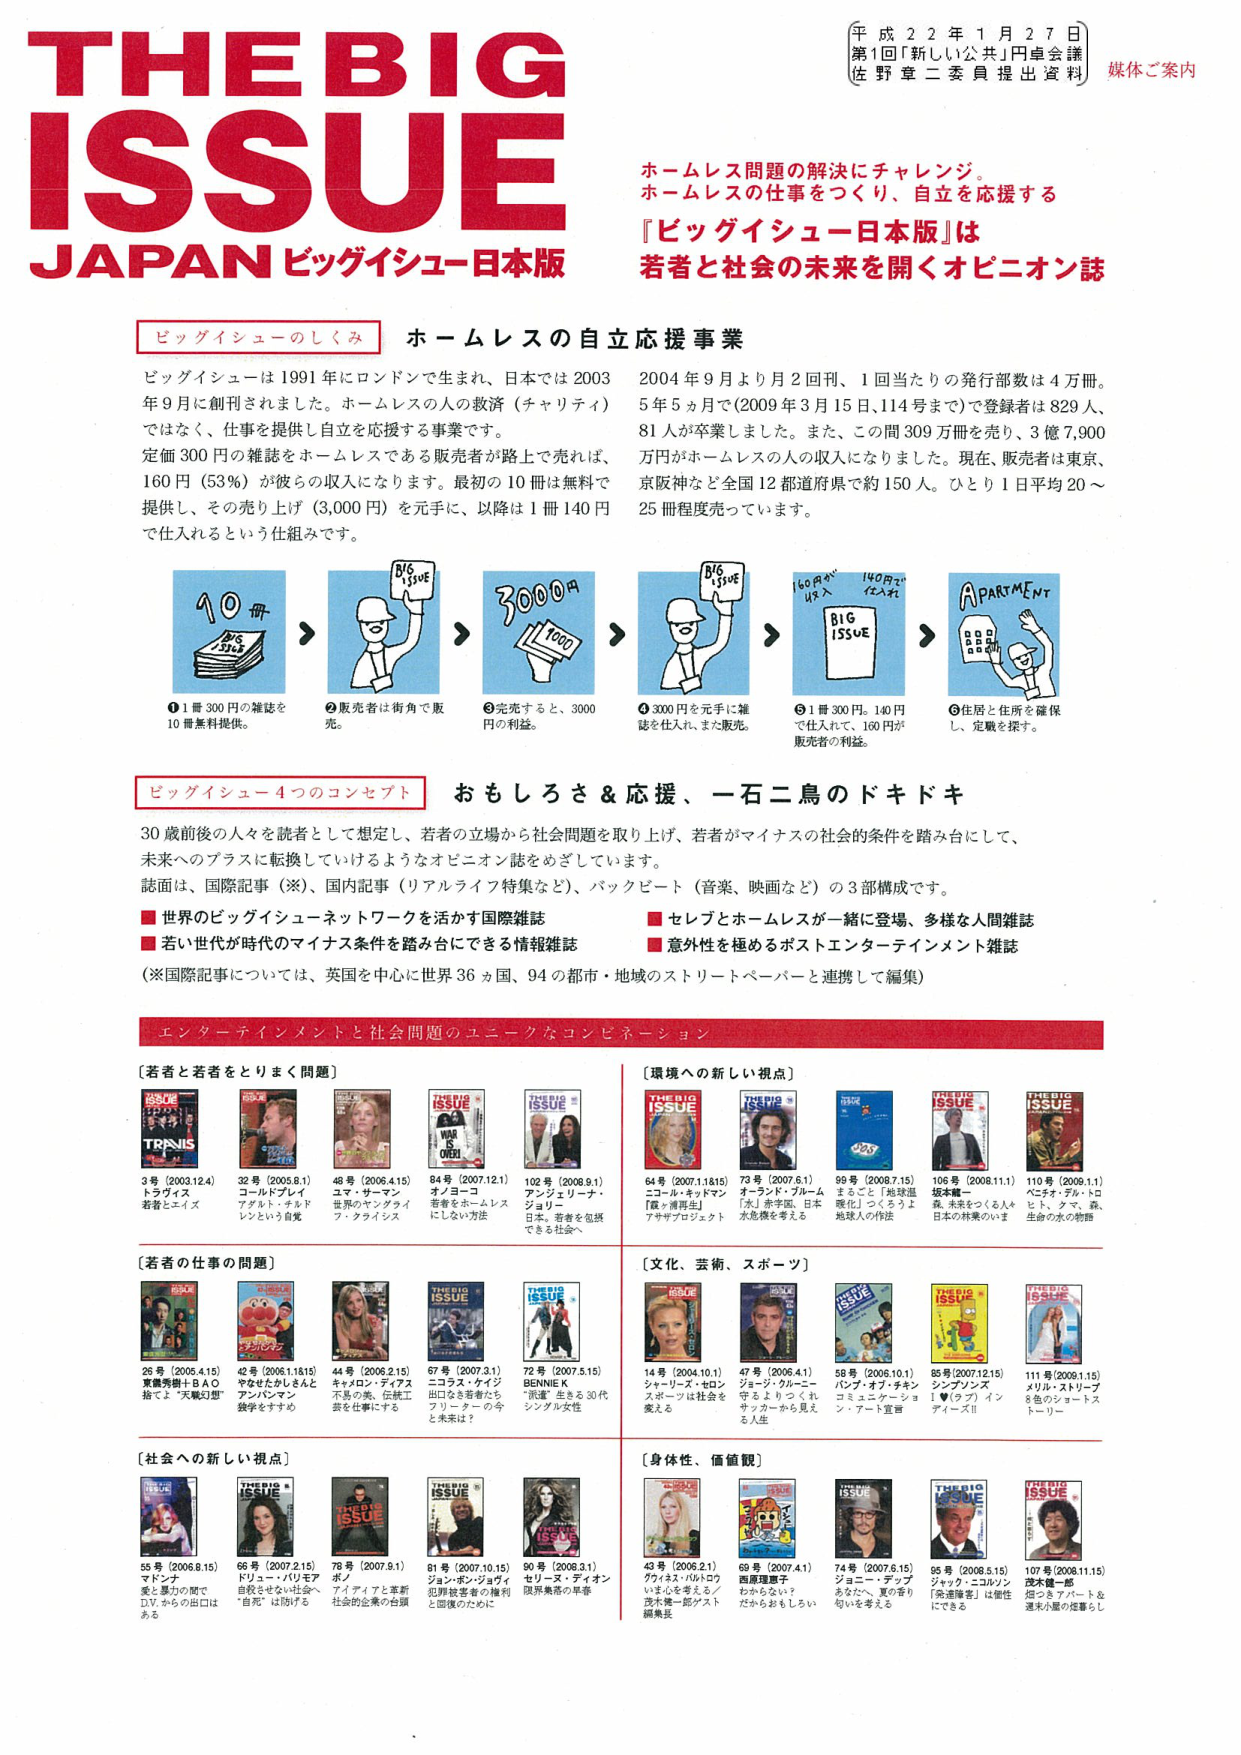
THE BIG ISSUE
JAPAN ビッグイシュー日本版

平成22年1月27日
第1回「新しい公共」円卓会議
佐野章二委員提出資料
媒体ご案内

ホームレス問題の解決にチャレンジ。
ホームレスの仕事をつくり、自立を応援する
『ビッグイシュー日本版』は
若者と社会の未来を開くオピニオン誌

ビッグイシューのしくみ ホームレスの自立応援事業

ビッグイシューは1991年にロンドンで生まれ、日本では2003年9月に創刊されました。ホームレスの人の救済（チャリティ）ではなく、仕事を提供し自立を応援する事業です。
定価300円の雑誌をホームレスである販売者が路上で売れば、160円（53％）が彼らの収入になります。最初の10冊は無料で提供され、その売り上げ（3,000円）を元手に、以降は1冊140円で仕入れるという仕組みです。

2004年9月より月2回刊、1回当たりの発行部数は4万冊。5年5か月で（2009年3月15日、114号まで）で登録者は829人、81人が卒業しました。また、この間309万冊を売り、3億7,900万円がホームレスの人の収入になりました。現在、販売者は東京、京阪神など全国12都道府県で約150人。ひとり1日平均20～25冊程度売っています。

① 1冊300円の雑誌を10冊無料提供。
② 販売者は街角で販売。
③ 売完すると、3000円の利益。
④ 3000円を元手に雑誌を仕入れ、また販売。
⑤ 1冊300円。140円で仕入れて、160円が販売者の利益。
⑥ 住居と住所を確保し、定職を探す。

ビッグイシュー4つのコンセプト おもしろさ＆応援、一石二鳥のドキドキ

30歳前後の人々を読者として想定し、若者の立場から社会問題を取り上げ、若者がマイナスの社会的条件を踏み台にして、未来へのプラスを転換していけるようなオピニオン誌をめざしています。
誌面は、国際記事（※）、国内記事（リアルライフ特集など）、バックビート（音楽、映画など）の3部構成です。

■ 世界のビッグイシュー・ネットワークを活かす国際雑誌
■ 若い世代が時代のマイナス条件を踏み台にできる情報雑誌
■ セレブとホームレスが一緒に登場、多様な人間雑誌
■ 意外性を極めるポストエンターテインメント雑誌

（※国際記事については、英国を中心に世界36ヵ国、94の都市・地域のストリートペーパーと連携して編集）

エンターテインメントと社会問題のユニークなコンビネーション

【若者と若者をとりまく問題】
3号（2003.12.4） トランジス 若者とエイズ
32号（2005.8.1） コール・ブレイド アダルト・チルドレンという自覚
48号（2006.4.15） ユマ・サーマン 世界のヤングライフ・スタイルズ
64号（2007.12.1） オノヨーコ 若者のホームレスにしない方法
102号（2008.8.1） アンジェリーナ・ジョリー 日本。若者を危険できる社会へ

【環境への新しい視点】
64号（2007.1.18.15） ニコール・キッドマン 「森・海再生」アサギプロジェクト
73号（2007.6.1） オラン・クルーム 「水」赤軍団、日本水危機を考える
99号（2008.7.15） まるごと「地球温暖化」つくるろうよ地球人の作法
106号（2008.11.1） 坂本龍一 森、未来をつくる人へ日本の林業のいま
110号（2009.1.1） ペチオ・デル・トロ ヒト、クマ、森、生命の水の物語

【若者の仕事の問題】
26号（2005.4.15） 賞賛秀樹＋BAO 指で“天職幻想”
42号（2006.1.18.15） やなせたかし＆んと アンパンマン 錬を学ずすめ
44号（2006.2.15） キャメロン・ディアス お笑いの美、伝統工芸を仕事にする
67号（2007.3.1） ジョン・ベンジャミン ヒロコ＆若者たち プリーティーの今と未来は？
72号（2007.5.15） BENNIE K “派遣”生きる30代シングル女性

【文化、芸術、スポーツ】
14号（2004.10.1） シャーリーズ・セロン スポーツは社会を変える
47号（2006.4.1） ジョージ・クルーニー 守るよりつくるれサッカーから見える人生
58号（2006.10.1） パブ・オブ・チャン コミニエーション・アート宣言
85号（2007.12.15） シンプソンズ I♥（ラブ）インディーズ!!
111号（2009.1.15） メリル・ストリープ 8色のショートストーリー

【社会への新しい視点】
55号（2006.8.15） マドンナ 愛と暴力の間で D.V.からの出口はある
66号（2007.2.15） ドリュー・バリモア 自殺させない社会へ “自死”は防げる
78号（2007.9.1） ポル フィアリアと革新社会の企業の台頭
81号（2007.10.15） ジョン・ベンジャミン 限界被災者の権利と回復のために
90号（2008.3.1） セリーズ・ディオン 限界集落の草書

【身体性、価値観】
43号（2006.2.1） グイド・パルロウ いま心を考える／茂木健一郎ゲスト編集長
69号（2007.4.1） 西原理恵子 だからおもしろい
74号（2007.6.15） ジョニー・デップ あなたへ、愛の寄り句いを送る
95号（2008.5.15） ジャック・ニコルソン 「高遠峰」は個性にできる
107号（2008.11.15） 茂木健一郎 知ったアパート＆週末小屋の仕事らし